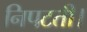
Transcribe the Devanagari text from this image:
निपटती।